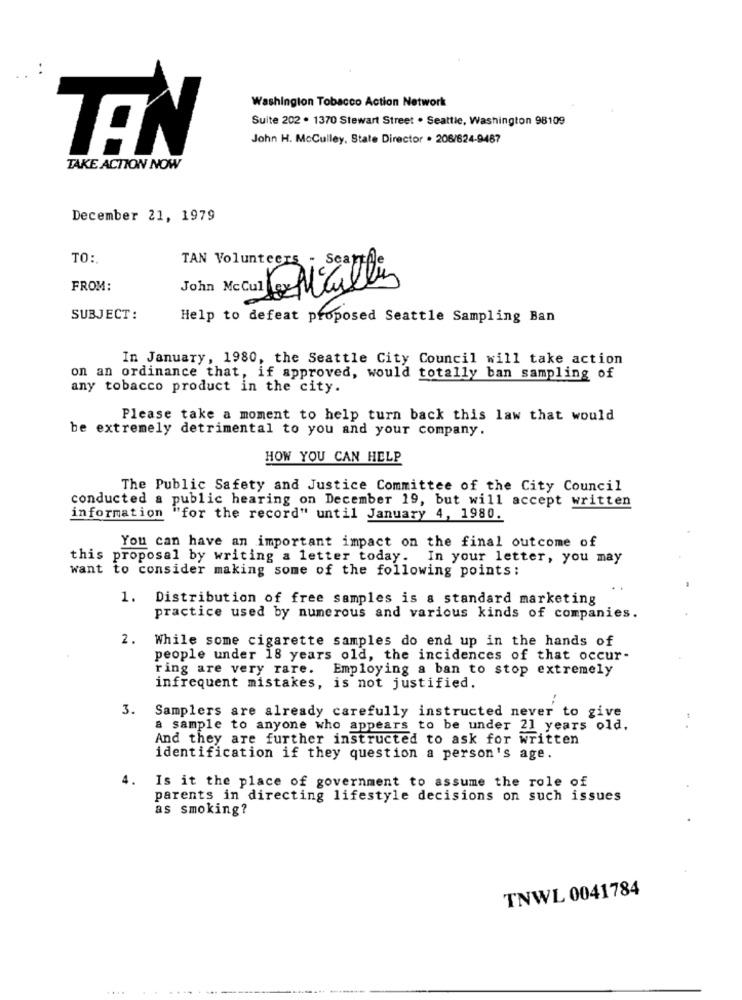
Washington Tobacco Action Network
Suite 202 . 1370 Stewart Street . Seattle, Washington 98109
John H. McCulley, State Director . 206/624-9487
TEN
TAKE ACTION NOW
December 21, 1979
TO:
TAN Volunteers - Scanf.
FROM:
John McCul o Mullins
SUBJECT:
Help to defeat proposed Seattle Sampling Ban
In January, 1980, the Seattle City Council will take action
on an ordinance that, if approved, would totally ban sampling of
any tobacco product in the city.
Please take a moment to help turn back this law that would
be extremely detrimental to you and your company.
HOW YOU CAN HELP
The Public Safety and Justice Committee of the City Council
conducted a public hearing on December 19, but will accept written
information "for the record" until January 4, 1980.
You can have an important impact on the final outcome of
this proposal by writing a letter today. In your letter, you may
want to consider making some of the following points:
1. Distribution of free samples is & standard marketing
practice used by numerous and various kinds of companies.
2. While some cigarette samples do end up in the hands of
people under 18 years old, the incidences of that occur-
ring are very rare. Employing a ban to stop extremely
infrequent mistakes, is not justified.
3.
Samplers are already carefully instructed never to give
a sample to anyone who appears to be under 21 years old,
And they are further instructed to ask for written
identification if they question a person's age.
4. Is it the place of government to assume the role of
parents in directing lifestyle decisions on such issues
as smoking?
TNWL 0041784